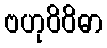
ဗဟုဝိဝိဓာ